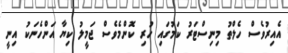
އެއިރުވެސް ހެލްތު މިނިސްޓަރު ކަމުގައި ހުރި ކޮންމެވެސް ޖަމީލު ކިޔާ އަންހެނަކު އިނީ